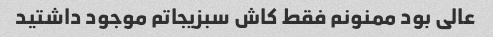
عالی بود ممنونم فقط کاش سبزیجاتم موجود داشتید